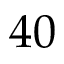
4 0